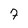
Character: 7